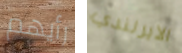
رأيهم الايرلندي